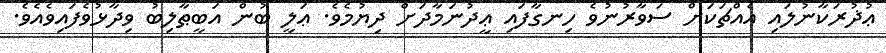
ޢުޛުރަކާނުލައި އެއްޗަކަށް ސަވާރުނުވެ ހިނގާފައި ޢީދުނަމާދަށް ދިޔުމެވެ. ޢަލީ ބުން އަބީޠާލިބު ވިދާޅުވެފައިވެއެވެ.